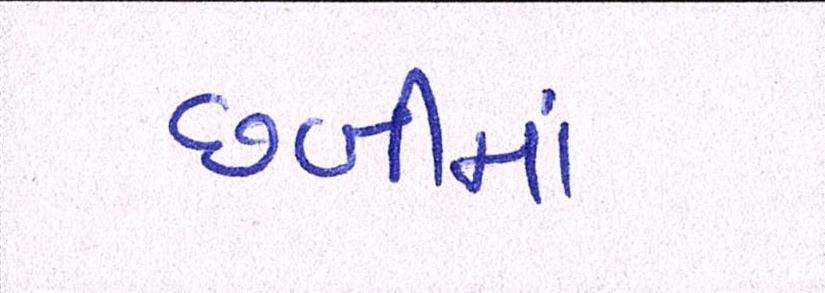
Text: છબીમાં